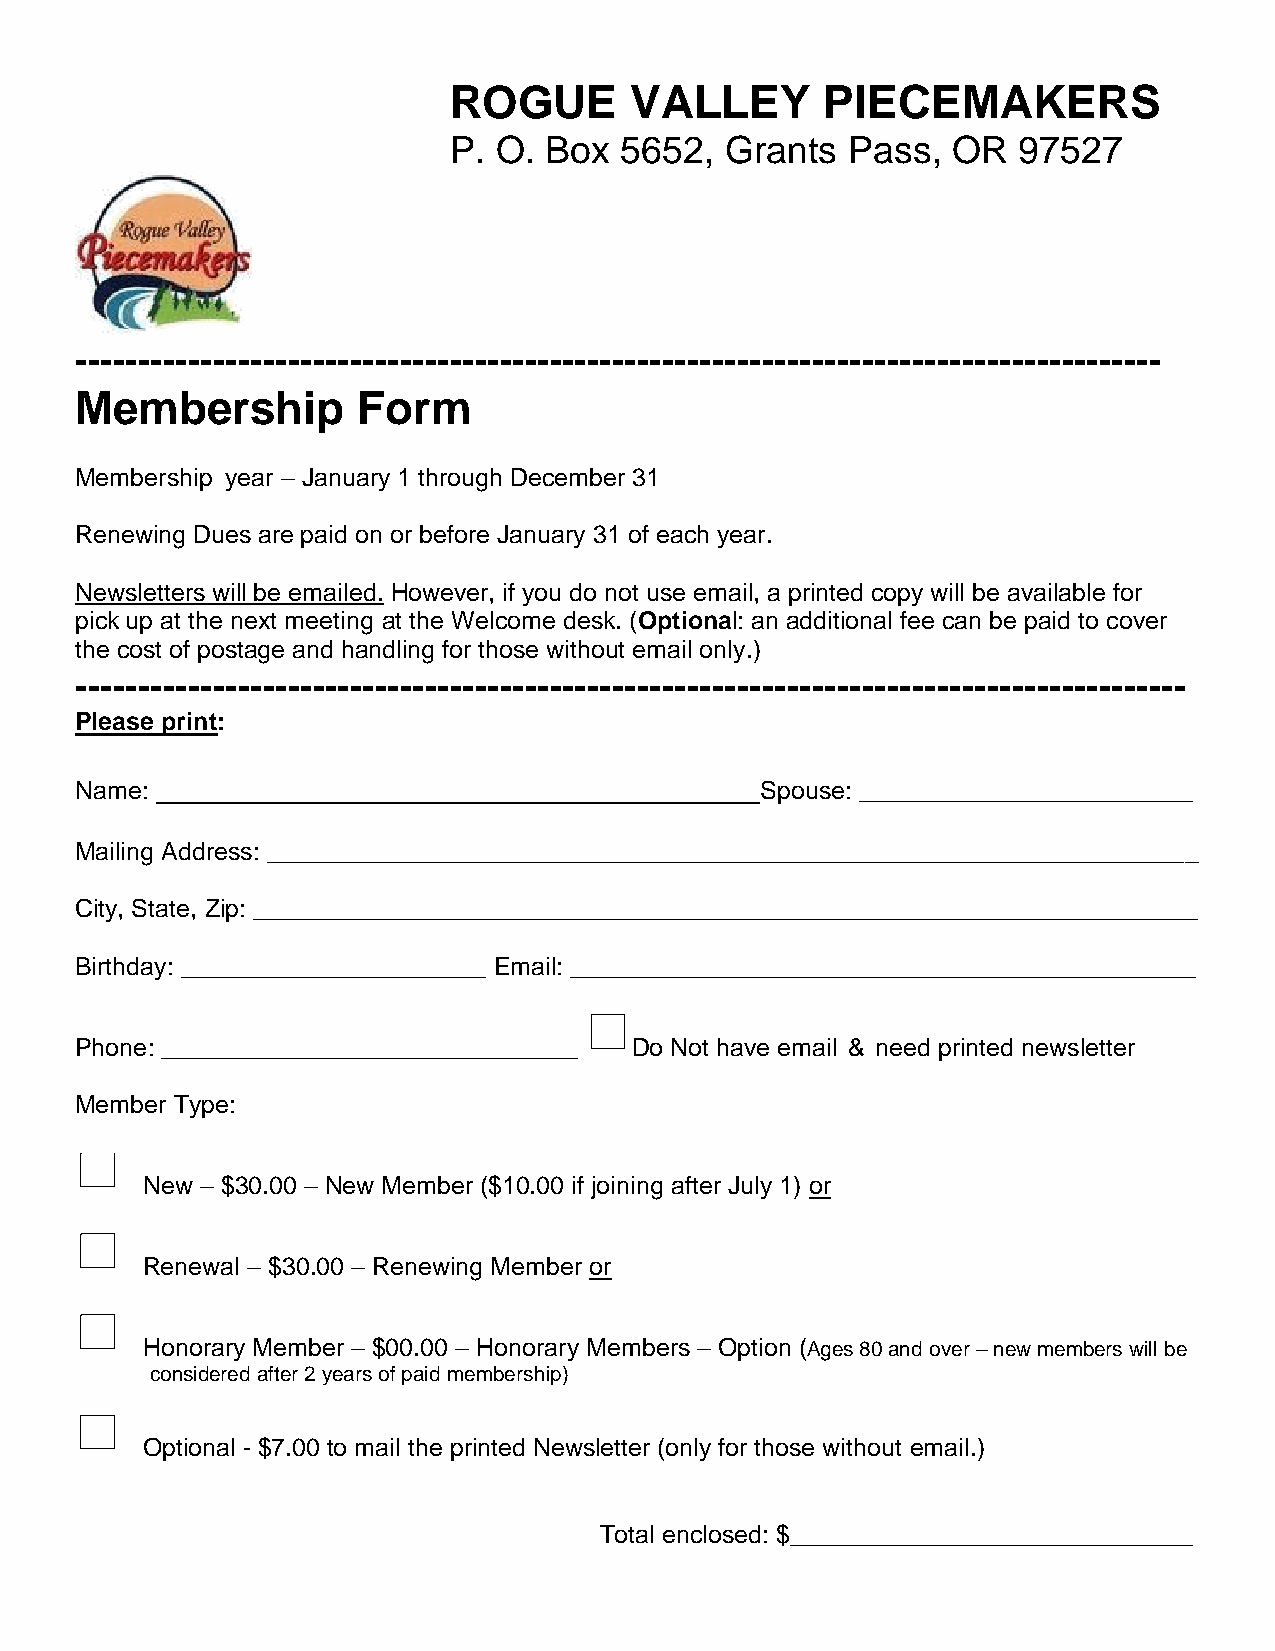
ROGUE       VALLEY       PIECEMAKERS
 P. O. Box  5652,  Grants  Pass,  OR  97527
 ---------------------------------------------------------------------------------------
 Membership         Form
 Membership year – January 1 through December 31
 Renewing Dues are paid on or before January 31 of each year.
 Newsletters will be emailed. However, if you do not use email, a printed copy will be available for
 pick up at the next meeting at the Welcome desk. (Optional: an additional fee can be paid to cover
 the cost of postage and handling for those without email only.)
 -----------------------------------------------------------------------------------------
 Please print:
 _____________________________
 Name:                                        Spouse: ________________________
 Mailing Address: ___________________________________________________________________
 City, State, Zip: ____________________________________________________________________
 Birthday: ______________________ Email: _____________________________________________
 Phone: ______________________________ Do Not have email & need printed newsletter
 Member Type:
 New – $30.00 – New Member ($10.00 if joining after July 1) or
 Renewal – $30.00 – Renewing Member or
 Honorary Member – $00.00 – Honorary Members – Option (Ages 80 and over – new members will be
 considered after 2 years of paid membership)
 Optional - $7.00 to mail the printed Newsletter (only for those without email.)
 Total enclosed: $_____________________________